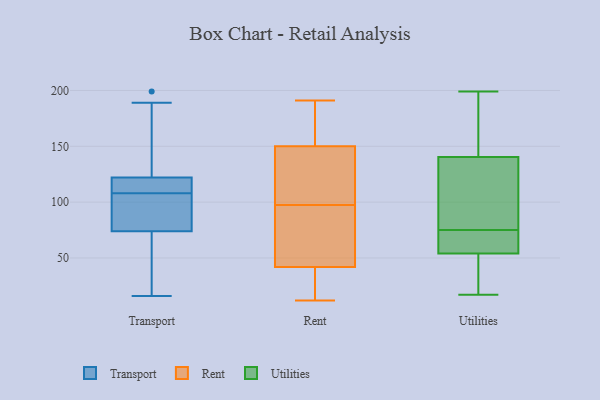
{"axis": {"x": "Humidity (%)", "y": "Value"}, "legend": ["Rent", "Transport", "Utilities"], "data": [{"x": "", "y": 189, "type": "Transport"}, {"x": "", "y": 106, "type": "Transport"}, {"x": "", "y": 92, "type": "Transport"}, {"x": "", "y": 42, "type": "Transport"}, {"x": "", "y": 110, "type": "Transport"}, {"x": "", "y": 111, "type": "Transport"}, {"x": "", "y": 112, "type": "Transport"}, {"x": "", "y": 87, "type": "Transport"}, {"x": "", "y": 74, "type": "Transport"}, {"x": "", "y": 114, "type": "Transport"}, {"x": "", "y": 175, "type": "Transport"}, {"x": "", "y": 35, "type": "Transport"}, {"x": "", "y": 28, "type": "Transport"}, {"x": "", "y": 122, "type": "Transport"}, {"x": "", "y": 125, "type": "Transport"}, {"x": "", "y": 16, "type": "Transport"}, {"x": "", "y": 199, "type": "Transport"}, {"x": "", "y": 104, "type": "Transport"}, {"x": "", "y": 13, "type": "Rent"}, {"x": "", "y": 150, "type": "Rent"}, {"x": "", "y": 160, "type": "Rent"}, {"x": "", "y": 18, "type": "Rent"}, {"x": "", "y": 98, "type": "Rent"}, {"x": "", "y": 51, "type": "Rent"}, {"x": "", "y": 101, "type": "Rent"}, {"x": "", "y": 116, "type": "Rent"}, {"x": "", "y": 42, "type": "Rent"}, {"x": "", "y": 12, "type": "Rent"}, {"x": "", "y": 97, "type": "Rent"}, {"x": "", "y": 92, "type": "Rent"}, {"x": "", "y": 191, "type": "Rent"}, {"x": "", "y": 183, "type": "Rent"}, {"x": "", "y": 147, "type": "Utilities"}, {"x": "", "y": 134, "type": "Utilities"}, {"x": "", "y": 58, "type": "Utilities"}, {"x": "", "y": 196, "type": "Utilities"}, {"x": "", "y": 52, "type": "Utilities"}, {"x": "", "y": 160, "type": "Utilities"}, {"x": "", "y": 74, "type": "Utilities"}, {"x": "", "y": 56, "type": "Utilities"}, {"x": "", "y": 76, "type": "Utilities"}, {"x": "", "y": 38, "type": "Utilities"}, {"x": "", "y": 94, "type": "Utilities"}, {"x": "", "y": 17, "type": "Utilities"}, {"x": "", "y": 199, "type": "Utilities"}, {"x": "", "y": 65, "type": "Utilities"}, {"x": "", "y": 106, "type": "Utilities"}, {"x": "", "y": 31, "type": "Utilities"}]}